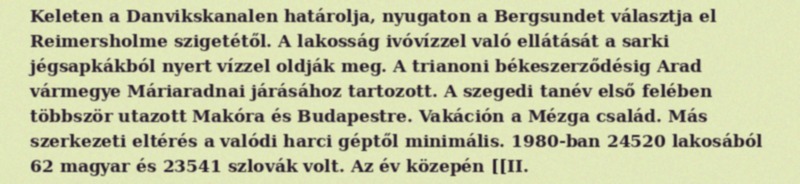
Keleten a Danvikskanalen határolja, nyugaton a Bergsundet választja el Reimersholme szigetétől. A lakosság ivóvízzel való ellátását a sarki jégsapkákból nyert vízzel oldják meg. A trianoni békeszerződésig Arad vármegye Máriaradnai járásához tartozott. A szegedi tanév első felében többször utazott Makóra és Budapestre. Vakáción a Mézga család. Más szerkezeti eltérés a valódi harci géptől minimális. 1980-ban 24520 lakosából 62 magyar és 23541 szlovák volt. Az év közepén [[II.